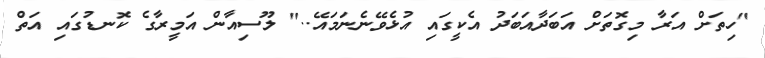
"ހިތަށް އަރާ މިގޮތަށް އަބަދާއަބަދު އެކީގައި އުޅެވޭނެނަމައޭ.." ލޫސިއާން އަމީރާގެ ކޮނޑުގައި އަތް